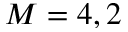
M = 4 , 2